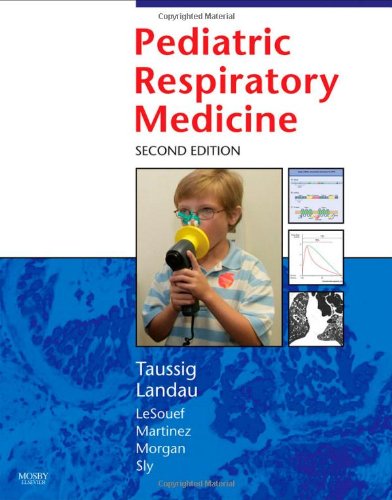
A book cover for Pediatric Respiratory Medicine, 2e (Taussing, Pediatric Respiratory Medicine); Lynn M. Taussig MD; Medical Books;